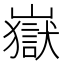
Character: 嶽